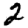
Digit: 2